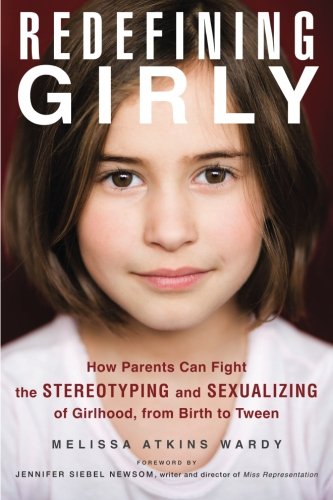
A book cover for Redefining Girly: How Parents Can Fight the Stereotyping and Sexualizing of Girlhood, from Birth to Tween; Melissa Atkins Wardy; Parenting & Relationships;